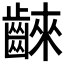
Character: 𪘨